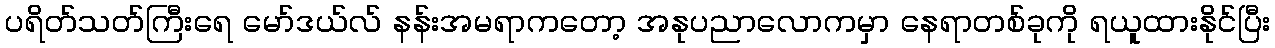
ပရိတ်သတ်ကြီးရေ မော်ဒယ်လ် နန်းအမရာကတော့ အနုပညာလောကမှာ နေရာတစ်ခုကို ရယူထားနိုင်ပြီး